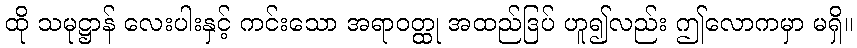
ထို သမုဋ္ဌာန် လေးပါးနှင့် ကင်းသော အရာဝတ္ထု အထည်ဒြပ် ဟူ၍လည်း ဤလောကမှာ မရှိ။